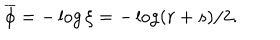
\overline { { { \phi } } } = - \log \xi = - \log ( r + s ) / 2 .